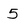
Character: 5